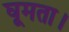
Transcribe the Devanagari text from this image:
घूमता।